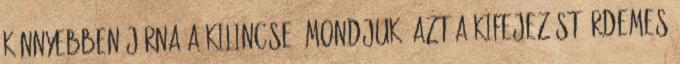
könnyebben járna a kilincse? Mondjuk, azt a kifejezést érdemes